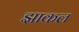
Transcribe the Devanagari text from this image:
झाकल